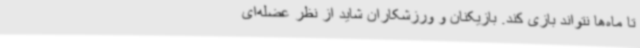
تا ماه‌ها نتواند بازی کند. بازیکنان و ورزشکاران شاید از نظر عضله‌ای